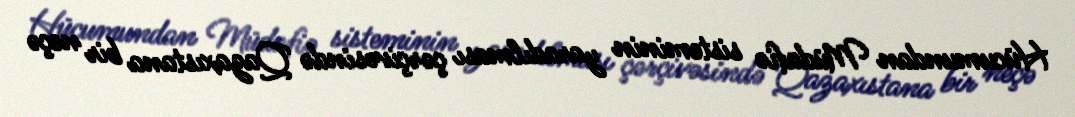
Hücumundan Müdafiə sisteminin yaradılması çərçivəsində Qazaxıstana bir neçə